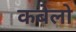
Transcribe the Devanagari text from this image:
कबेलो